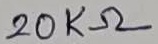
Text: 20KΩ